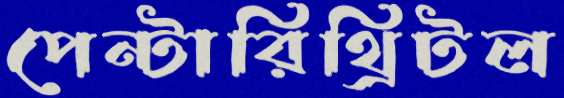
পেন্টারিথ্রিটল